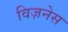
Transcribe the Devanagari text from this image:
विज़नेस